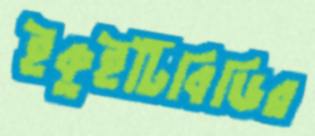
ইকুইটিবিডির